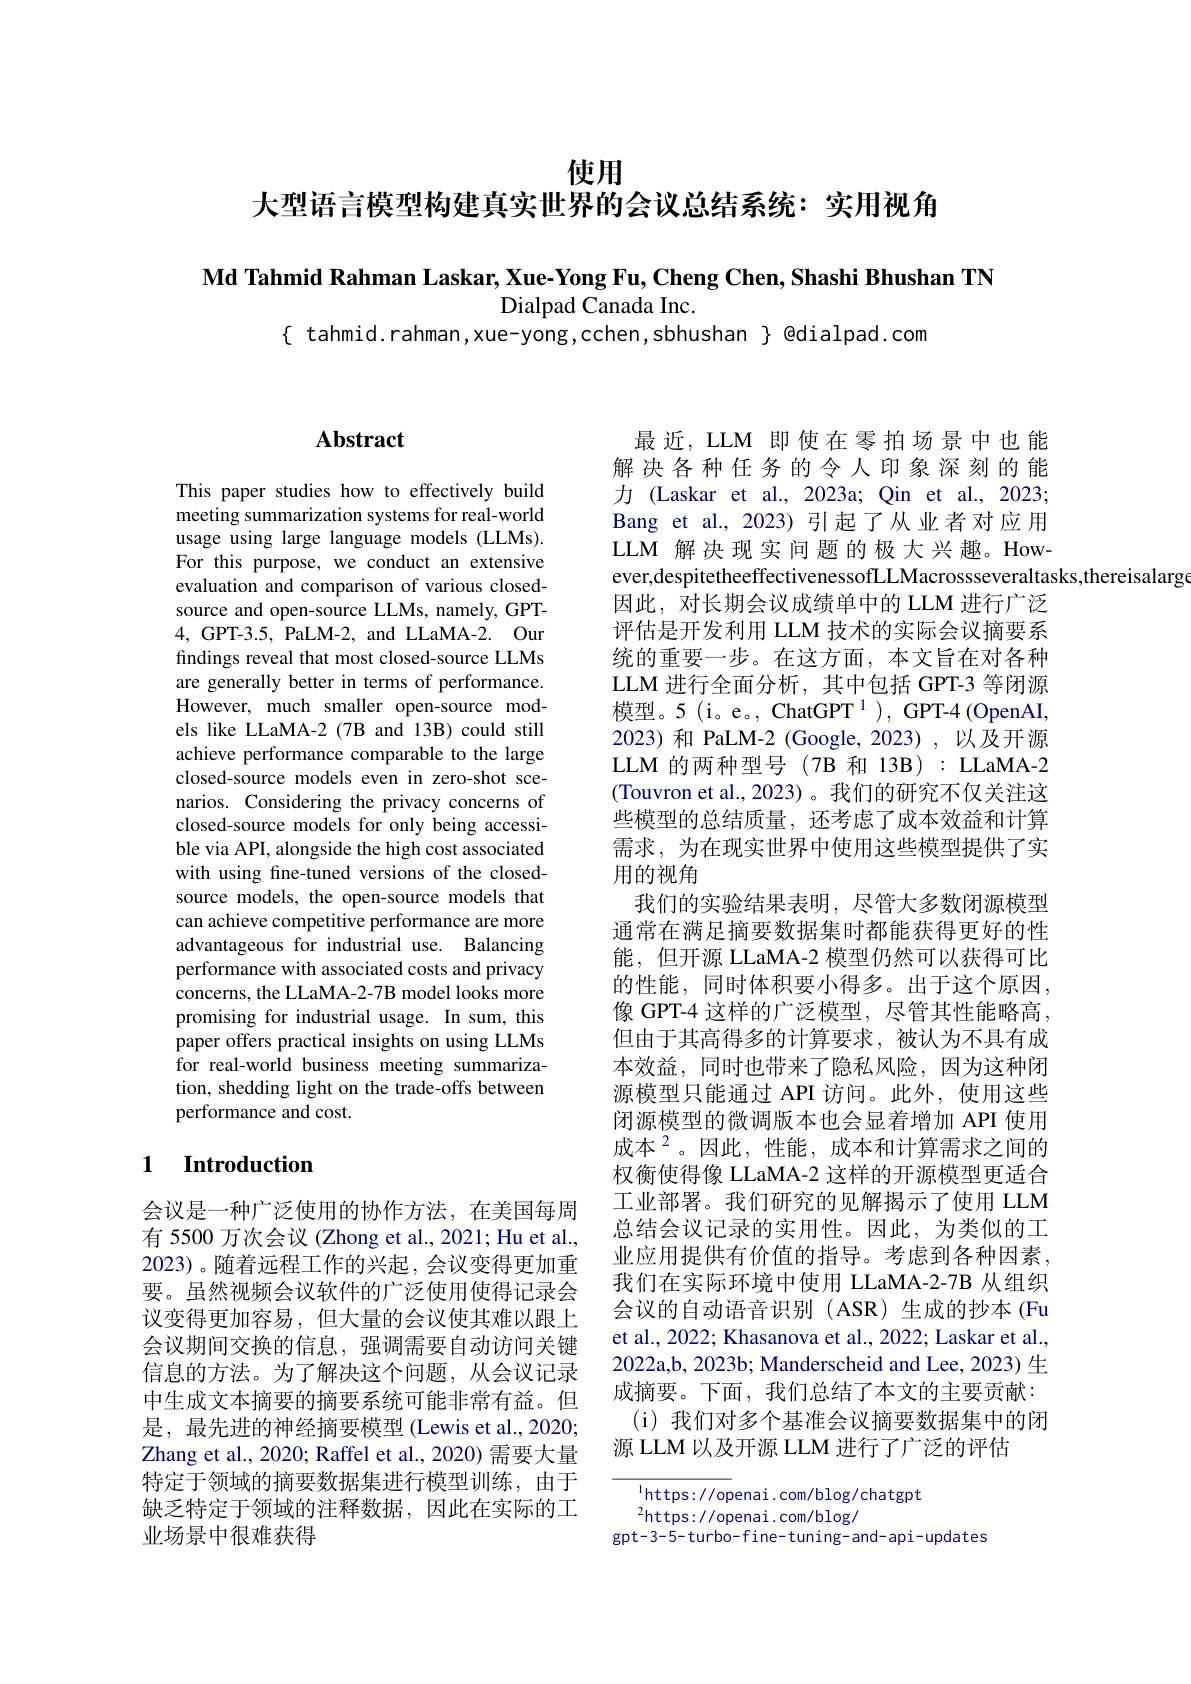
使用
大型语言模型构建真实世界的会议总结系统：实用视角

Md Tahmid Rahman Laskar, Xue-Yong Fu, Cheng Chen, Shashi Bhushan TN
Dialpad Canada Inc.
$\{$ tahmid.rahman,xue-yong,cchen,sbhushan $\}$ @dialpad.com

## $\mathbf{Abstract}$

This paper studies how to effectively build meeting summarization systems for real-world usage using large language models (LLMs). For this purpose, we conduct an extensive evaluation and comparison of various closedsource and open-source LLMs, namely, GPT- 4, GPT-3.5, PaLM-2, and LLaMA-2. Our findings reveal that most closed-source LLMs are generally better in terms of performance. However, much smaller open-source models like LLaMA-2 (7B and 13B) could still achieve performance comparable to the large closed-source models even in zero-shot scenarios. Considering the privacy concerns of closed-source models for only being accessible via API, alongside the high cost associated with using fine-tuned versions of the closedsource models, the open-source models that can achieve competitive performance are more advantageous for industrial use. Balancing performance with associated costs and privacy concerns, the LLaMA-2-7B model looks more promising for industrial usage. In sum, this paper offers practical insights on using LLMs for real-world business meeting summarization, shedding light on the trade-offs between performance and cost.

## 1 Introduction

会议是一种广泛使用的协作方法，在美国每周有 5500 万次会议 (Zhong et al., 2021; Hu et al., 2023)。随着远程工作的兴起，会议变得更加重要。虽然视频会议软件的广泛使用使得记录会议变得更加容易，但大量的会议使其难以跟上会议期间交换的信息，强调需要自动访问关键信息的方法。为了解决这个问题，从会议记录中生成文本摘要的摘要系统可能非常有益。但是，最先进的神经摘要模型 (Lewis et al.,2020; Zhang et al., 2020; Raffel et al., 2020) 需要大量特定于领域的摘要数据集进行模型训练，由于缺乏特定于领域的注释数据，因此在实际的工业场景中很难获得

最近，LLM 即使在零拍场景中也能解决各种任务的令人印象深刻的能力 (Laskar et al., 2023a; Qin et al., 2023; Bang et al.,2023)引起了从业者对应用LLM 解决现实问题的极大兴趣。However,despitetheeffectivenessofLLMacrossseveraltasks,thereisalarg
因此，对长期会议成绩单中的 LLM 进行广泛评估是开发利用 LLM 技术的实际会议摘要系统的重要一步。在这方面，本文旨在对各种LLM 进行全面分析，其中包括 GPT-3 等闭源模型。5(i。e。, ChatGPT$^1)$,GPT-4(OpenAI, 2023)和 PaLM-2 (Google, 2023) ,以及开源LLM 的两种型号 (7B 和 13B): LLaMA-2 (Touvron et al.,2023)。我们的研究不仅关注这些模型的总结质量，还考虑了成本效益和计算需求，为在现实世界中使用这些模型提供了实用的视角
我们的实验结果表明，尽管大多数闭源模型通常在满足摘要数据集时都能获得更好的性能，但开源 LLaMA-2 模型仍然可以获得可比的性能，同时体积要小得多。出于这个原因， 像 GPT-4 这样的广泛模型，尽管其性能略高， 但由于其高得多的计算要求，被认为不具有成本效益，同时也带来了隐私风险，因为这种闭源模型只能通过 API 访问。此外，使用这些闭源模型的微调版本也会显着增加 API 使用成本$^{2}$。因此，性能，成本和计算需求之间的权衡使得像 LLaMA-2 这样的开源模型更适合工业部署。我们研究的见解揭示了使用 LLM 总结会议记录的实用性。因此，为类似的工业应用提供有价值的指导。考虑到各种因素， 我们在实际环境中使用 LLaMA-2-7B 从组织会议的自动语音识别(ASR)生成的抄本(Fu et al., 2022; Khasanova et al., 2022; Laskar et al., 2022a,b, 2023b; Manderscheid and Lee, 2023) 生成摘要。下面，我们总结了本文的主要贡献： (i)我们对多个基准会议摘要数据集中的闭
源 LLM 以及开源 LLM 进行了广泛的评估

$^{\mathrm{l}}$https://openai.com/blog/chatgpt
$^2$https://openai.com/blog/
gpt-3-5-turbo-fine-tuning-and-api-updates